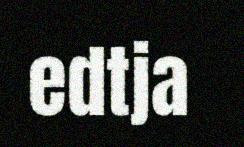
edtja